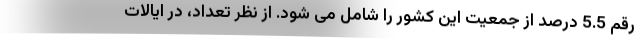
رقم 5.5 درصد از جمعیت این کشور را شامل می شود. از نظر تعداد، در ایالات